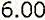
6.00